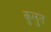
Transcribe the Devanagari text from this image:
कुलुत